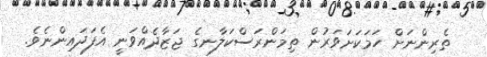
ތެރިންނަށް ހަމަކަށަވަރުން ތިމަންރަސްކަލާނގެ ޖަޒާދެއްވަނީ އެފަދައިންނެވެ.